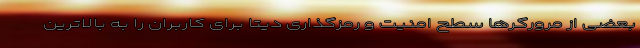
بعضی از مرورگرها سطح امنیت و رمزگذاری دیتا برای کاربران را به بالاترین